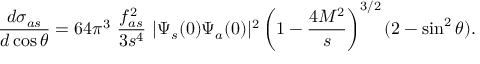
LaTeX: \frac { d \sigma _ { a s } } { d \cos \theta } = 6 4 \pi ^ { 3 } ~ \frac { f _ { a s } ^ { 2 } } { 3 s ^ { 4 } } ~ | \Psi _ { s } ( 0 ) \Psi _ { a } ( 0 ) | ^ { 2 } \left( 1 - \frac { 4 M ^ { 2 } } { s } \right) ^ { 3 / 2 } ( 2 - \sin ^ { 2 } \theta ) .